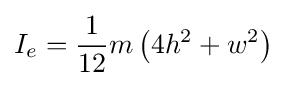
I_{e}={\frac {1}{12}}m\left(4h^{2}+w^{2}\right)\,\!